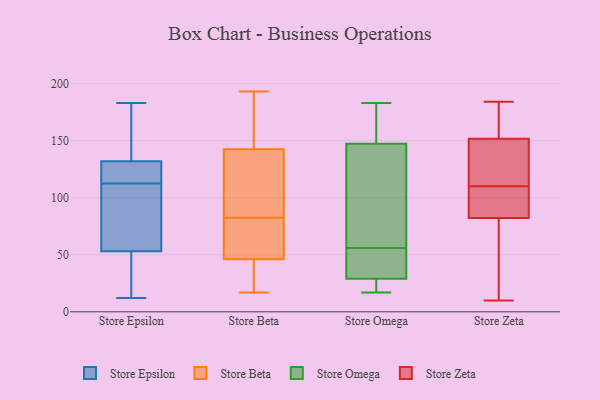
{"axis": {"x": "Website Visitors", "y": "Value"}, "legend": ["Store Beta", "Store Epsilon", "Store Omega", "Store Zeta"], "data": [{"x": "", "y": 89, "type": "Store Epsilon"}, {"x": "", "y": 32, "type": "Store Epsilon"}, {"x": "", "y": 53, "type": "Store Epsilon"}, {"x": "", "y": 178, "type": "Store Epsilon"}, {"x": "", "y": 125, "type": "Store Epsilon"}, {"x": "", "y": 12, "type": "Store Epsilon"}, {"x": "", "y": 51, "type": "Store Epsilon"}, {"x": "", "y": 128, "type": "Store Epsilon"}, {"x": "", "y": 114, "type": "Store Epsilon"}, {"x": "", "y": 132, "type": "Store Epsilon"}, {"x": "", "y": 183, "type": "Store Epsilon"}, {"x": "", "y": 92, "type": "Store Epsilon"}, {"x": "", "y": 166, "type": "Store Epsilon"}, {"x": "", "y": 111, "type": "Store Epsilon"}, {"x": "", "y": 193, "type": "Store Beta"}, {"x": "", "y": 162, "type": "Store Beta"}, {"x": "", "y": 110, "type": "Store Beta"}, {"x": "", "y": 166, "type": "Store Beta"}, {"x": "", "y": 123, "type": "Store Beta"}, {"x": "", "y": 70, "type": "Store Beta"}, {"x": "", "y": 37, "type": "Store Beta"}, {"x": "", "y": 23, "type": "Store Beta"}, {"x": "", "y": 55, "type": "Store Beta"}, {"x": "", "y": 72, "type": "Store Beta"}, {"x": "", "y": 93, "type": "Store Beta"}, {"x": "", "y": 17, "type": "Store Beta"}, {"x": "", "y": 106, "type": "Store Omega"}, {"x": "", "y": 183, "type": "Store Omega"}, {"x": "", "y": 41, "type": "Store Omega"}, {"x": "", "y": 158, "type": "Store Omega"}, {"x": "", "y": 56, "type": "Store Omega"}, {"x": "", "y": 25, "type": "Store Omega"}, {"x": "", "y": 115, "type": "Store Omega"}, {"x": "", "y": 24, "type": "Store Omega"}, {"x": "", "y": 42, "type": "Store Omega"}, {"x": "", "y": 17, "type": "Store Omega"}, {"x": "", "y": 178, "type": "Store Omega"}, {"x": "", "y": 184, "type": "Store Zeta"}, {"x": "", "y": 10, "type": "Store Zeta"}, {"x": "", "y": 89, "type": "Store Zeta"}, {"x": "", "y": 10, "type": "Store Zeta"}, {"x": "", "y": 154, "type": "Store Zeta"}, {"x": "", "y": 163, "type": "Store Zeta"}, {"x": "", "y": 138, "type": "Store Zeta"}, {"x": "", "y": 145, "type": "Store Zeta"}, {"x": "", "y": 80, "type": "Store Zeta"}, {"x": "", "y": 110, "type": "Store Zeta"}, {"x": "", "y": 104, "type": "Store Zeta"}]}